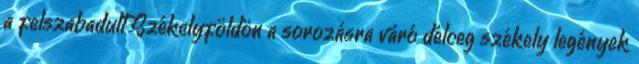
a felszabadult Székelyföldön a sorozásra váró délceg székely legények